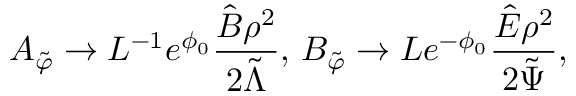
A _ { \tilde { \varphi } } \rightarrow L ^ { - 1 } e ^ { \phi _ { 0 } } \frac { \hat { B } \rho ^ { 2 } } { 2 \tilde { \Lambda } } , \, B _ { \tilde { \varphi } } \rightarrow L e ^ { - \phi _ { 0 } } \frac { \hat { E } \rho ^ { 2 } } { 2 \tilde { \Psi } } ,